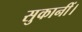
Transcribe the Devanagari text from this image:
सुकानीं।